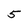
Character: 5